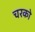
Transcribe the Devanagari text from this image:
चरको